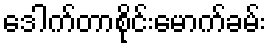
ဒေါက်တာစိုင်းမောက်ခမ်း